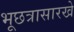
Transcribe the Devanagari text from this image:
भूछत्रासारखे